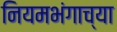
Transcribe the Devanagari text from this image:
नियमभंगाच्या